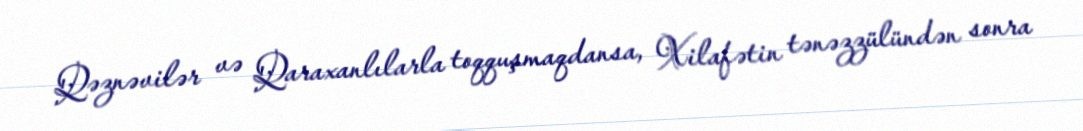
Qəznəvilər və Qaraxanlılarla toqquşmaqdansa, Xilafətin tənəzzülündən sonra